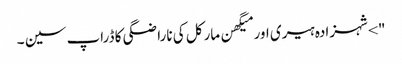
"> شہزادہ ہیری اور میگھن مارکل کی ناراضگی کا ڈراپ سین ۔